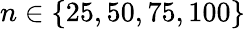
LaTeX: n\in\{ 25,50,75,100\}